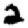
Digit: 2